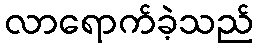
လာရောက်ခဲ့သည်